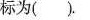
标为( )